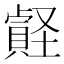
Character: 𧷎